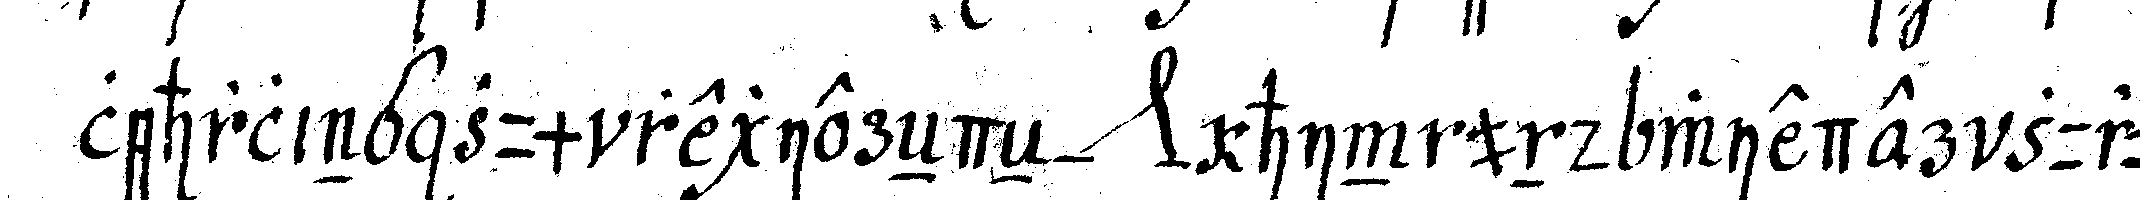
lehrling zum regiereNdeN *nee* hin und wieder zurü